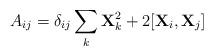
LaTeX: \begin{align*}A_{ij} = \delta_{ij} \sum_k {\bf X}_k^2 + 2 [ {\bf X}_i, {\bf X}_j]\end{align*}